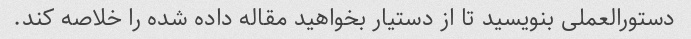
دستورالعملی بنویسید تا از دستیار بخواهید مقاله داده شده را خلاصه کند.